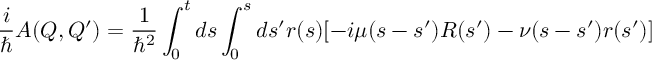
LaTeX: \frac { i } { \hbar } A ( Q , Q ^ { \prime } ) = \frac { 1 } { \hbar ^ { 2 } } \int _ { 0 } ^ { t } d s \int _ { 0 } ^ { s } d s ^ { \prime } r ( s ) [ - i \mu ( s - s ^ { \prime } ) R ( s ^ { \prime } ) - \nu ( s - s ^ { \prime } ) r ( s ^ { \prime } ) ]